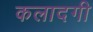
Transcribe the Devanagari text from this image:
कलादगी